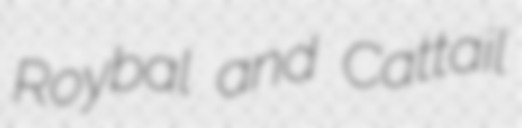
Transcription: Roybal and Cattail